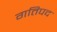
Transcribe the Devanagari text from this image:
गतिपद